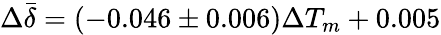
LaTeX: \Delta\bar{\delta}=(-0.046\pm 0.006)\Delta T_{m}+0.005